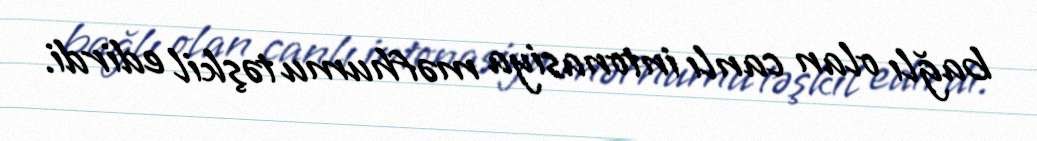
bağlı olan canlı intonasiya məfhumu təşkil edirdi.